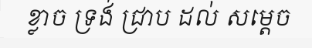
ខ្លាច ទ្រង់ ជ្រាប ដល់ សម្តេច